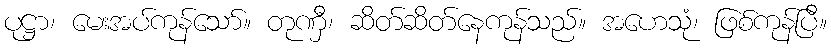
ပုဋ္ဌာ၊ မေးအပ်ကုန်သော်။ တုဏှီ၊ ဆိတ်ဆိတ်နေကုန်သည်။ အဟေသုံ၊ ဖြစ်ကုန်ပြီ။